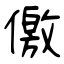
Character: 儌